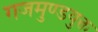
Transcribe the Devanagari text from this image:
गजमुण्डयुक्त